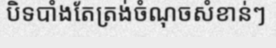
បិទបាំងតែត្រង់ចំណុចសំខាន់ៗ